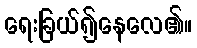
ရေးခြယ်၍နေလေ၏။